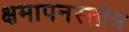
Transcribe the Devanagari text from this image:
क्षमापनस्तोत्र